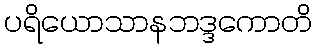
ပရိယောသာနဘဒ္ဒကောတိ